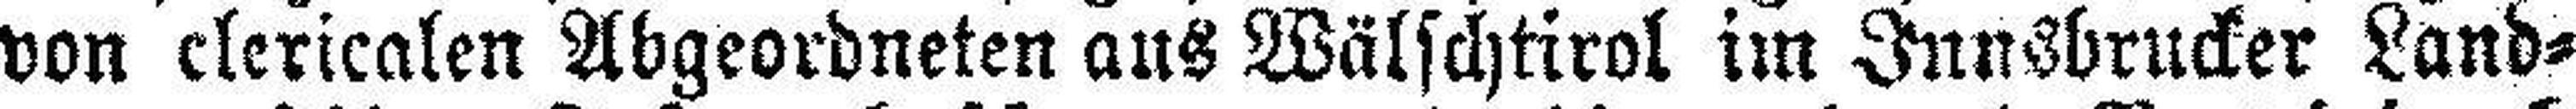
von clericalen Abgeordneten aus Wälschtirol im Innsbrucker Land¬